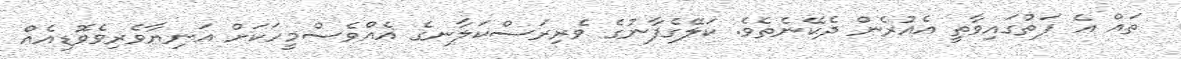
ތައް އެ ފަތުގައިވާތީ އެއުރެން ދެކޭނެތެވެ. ކަލޭގެފާނުގެ ވެރިރަސްކަލާނގެ އެއްވެސްމީހަކަށް އަނިޔާވެރިވެވޮޑިއެއް